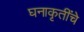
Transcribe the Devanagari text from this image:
घनाकृतींचे